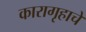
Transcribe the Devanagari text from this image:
कारागृहाचे